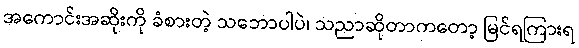
အကောင်းအဆိုးကို ခံစားတဲ့ သဘောပါပဲ၊ သညာဆိုတာကတော့ မြင်ရကြားရ